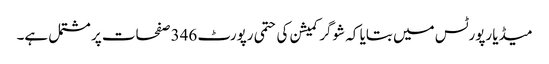
میڈیا رپورٹس میں بتایا کہ شوگر کمیشن کی حتمی رپورٹ 346 صفحات پر مشتمل ہے۔